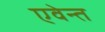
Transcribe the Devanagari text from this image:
एवेन्त